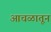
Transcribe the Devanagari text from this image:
आचळातून